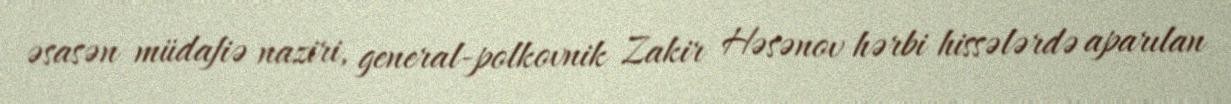
əsasən müdafiə naziri, general-polkovnik Zakir Həsənov hərbi hissələrdə aparılan